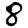
Digit: 8